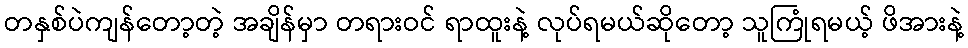
တနှစ်ပဲကျန်တော့တဲ့ အချိန်မှာ တရားဝင် ရာထူးနဲ့ လုပ်ရမယ်ဆိုတော့ သူကြုံရမယ့် ဖိအားနဲ့